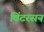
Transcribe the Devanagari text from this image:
विंटरसन